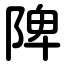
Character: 陴